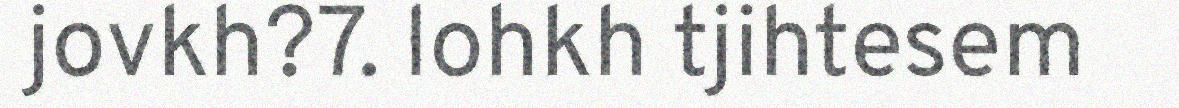
jovkh?7. lohkh tjihtesem